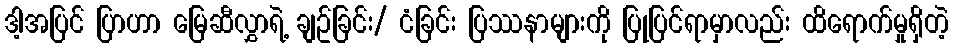
ဒါ့အပြင် ပြာဟာ မြေဆီလွှာရဲ့ ချဥ်ခြင်း/ ငံခြင်း ပြဿနာများကို ပြုပြင်ရာမှာလည်း ထိရောက်မှုရှိတဲ့